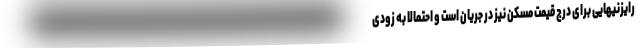
رایزنیهایی برای درج قیمت مسکن نیز در جریان است و احتمالا به زودی